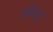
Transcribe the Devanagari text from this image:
सवितुर